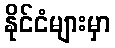
နိုင်ငံများမှာ